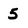
Character: 5